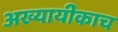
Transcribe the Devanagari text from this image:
अख्यायीकाच